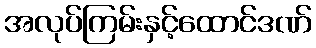
အလုပ်ကြမ်းနှင့်ထောင်ဒဏ်